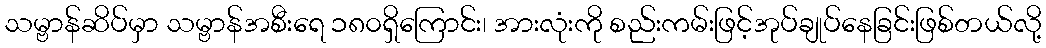
သမ္ဗာန်ဆိပ်မှာ သမ္ဗာန်အစီးရေ ၁၈၀ရှိကြောင်း၊ အားလုံးကို စည်းကမ်းဖြင့်အုပ်ချုပ်နေခြင်းဖြစ်တယ်လို့